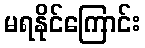
မရနိုင်ကြောင်း